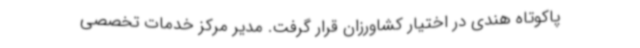
پاکوتاه هندی در اختیار کشاورزان قرار گرفت. مدیر مرکز خدمات تخصصی